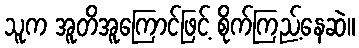
သူက အူတိအူကြောင်ဖြင့် စိုက်ကြည့်နေဆဲ။